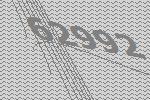
62992